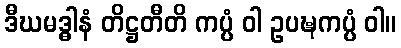
ဒီဃမဒ္ဓါနံ တိဋ္ဌတီတိ ကပ္ပံ ဝါ ဥပဍ္ဎကပ္ပံ ဝါ။